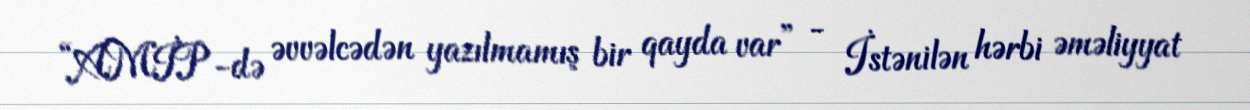
“AMİP-də əvvəlcədən yazılmamış bir qayda var” - İstənilən hərbi əməliyyat